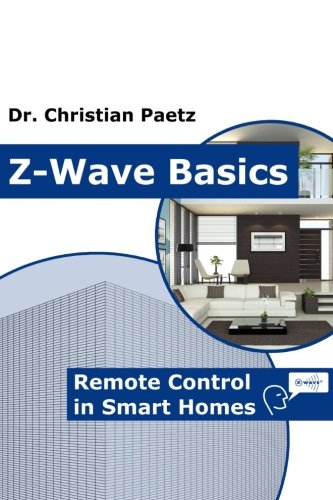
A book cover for Z-Wave Basics: Remote Control in Smart Homes; Dr. Christian Paetz; Computers & Technology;